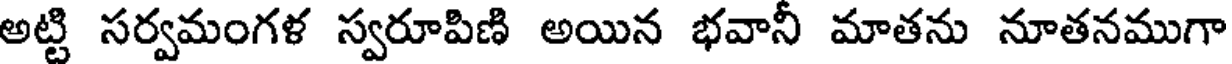
అట్టి సర్వమంగళ స్వరూపిణి అయిన భవానీ మాతను నూతనముగా